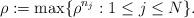
LaTeX: \begin{align*}\rho:=\max\{\rho^{n_j}:1\le j\le N\}.\end{align*}